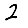
Digit: 2